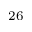
^ { 2 6 }